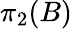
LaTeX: \pi_{2}(B)